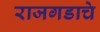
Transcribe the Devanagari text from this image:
राजगडाचे